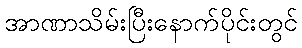
အာဏာသိမ်းပြီးနောက်ပိုင်းတွင်